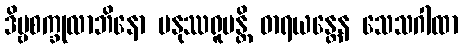
ဒိဗ္ဗစက္ခုလာဘိနော မနုဿရူပန္တိ ဓာရယန္တေန သေသဂါထာ